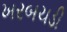
ખરબચડી